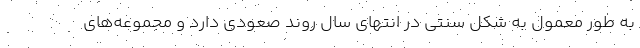
به طور معمول به شکل سنتی در انتهای سال روند صعودی دارد و مجموعه‌های